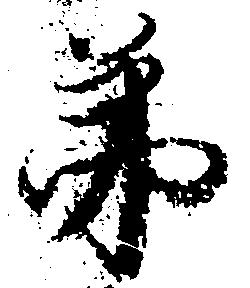
弟